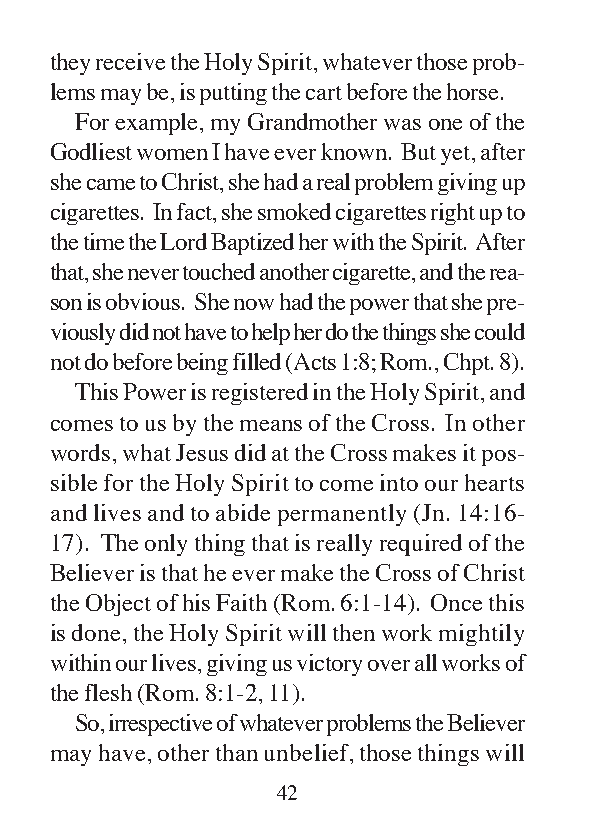
they receive the Holy Spirit, whatever those prob-
 lems may be, is putting the cart before the horse.
 For example, my Grandmother was one of the
 Godliest women I have ever known. But yet, after
 she came to Christ, she had a real problem giving up
 cigarettes. In fact, she smoked cigarettes right up to
 the time the Lord Baptized her with the Spirit. After
 that, she never touched another cigarette, and the rea-
 son is obvious. She now had the power that she pre-
 viously did not have to help her do the things she could
 not do before being filled (Acts 1:8; Rom., Chpt. 8).
 This Power is registered in the Holy Spirit, and
 comes to us by the means of the Cross. In other
 words, what Jesus did at the Cross makes it pos-
 sible for the Holy Spirit to come into our hearts
 and lives and to abide permanently (Jn. 14:16-
 17). The only thing that is really required of the
 Believer is that he ever make the Cross of Christ
 the Object of his Faith (Rom. 6:1-14). Once this
 is done, the Holy Spirit will then work mightily
 within our lives, giving us victory over all works of
 the flesh (Rom. 8:1-2, 11).
 So, irrespective of whatever problems the Believer
 may have, other than unbelief, those things will
 42